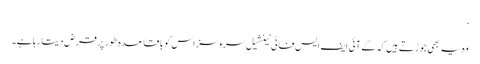
‘
وہ یہ بھی جوڑتے ہیں کہ کے آئی ایف ایس فائی نینشیل سروسز اس کو باقاعدہ طور پر قرض دیتا رہا ہے۔